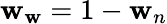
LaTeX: \mathbf{w}_{\mathbf{w}}=1-\mathbf{w}_{n}